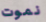
نموت